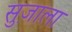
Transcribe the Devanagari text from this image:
सुज़ाला